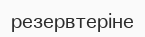
резервтеріне